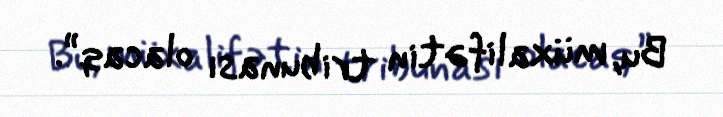
Bu, müxalifətin tribunası olacaq”.